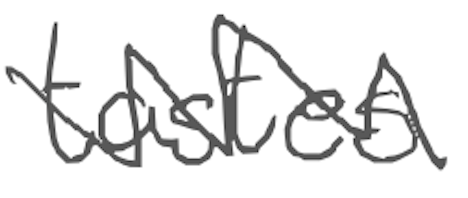
Text: tastes
Cross-out: mix
Writing tool: digital_gray